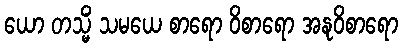
ယော တသ္မိံ သမယေ စာရော ဝိစာရော အနုဝိစာရော